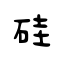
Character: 硅